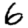
Digit: 6